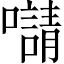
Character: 𡃑